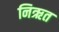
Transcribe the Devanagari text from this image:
निऋत